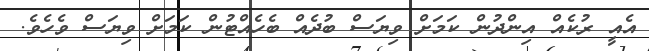
އެއީ ރުކެއް އިންދުން ކަމަށް ވިޔަސް ބުދެއް ބެހެއްޓުން ކަމަށް ވިޔަސް ވެހެވެ.